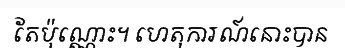
តែប៉ុណ្ណោះ។ ហេតុការណ៍នោះបាន